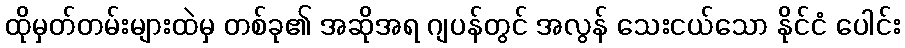
ထိုမှတ်တမ်းများထဲမှ တစ်ခု၏ အဆိုအရ ဂျပန်တွင် အလွန် သေးငယ်သော နိုင်ငံ ပေါင်း